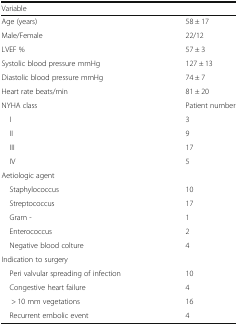
| Variable |  |
 | --- | --- |
 | Age (years) | 58 ± 17 |
 | Male/Female | 22/12 |
 | LVEF % | 57 ± 3 |
 | Systolic blood pressure mmHg | 127 ± 13 |
 | Diastolic blood pressure mmHg | 74 ± 7 |
 | Heart rate beats/min | 81 ± 20 |
 | NYHA class | Patient number |
 | I | 3 |
 | II | 9 |
 | III | 17 |
 | IV | 5 |
 | <COLSPAN=2> Aetiologic agent |
 | Staphylococcus | 10 |
 | Streptococcus | 17 |
 | Gram - | 1 |
 | Enterococcus | 2 |
 | Negative blood colture | 4 |
 | <COLSPAN=2> Indication to surgery |
 | Peri valvular spreading of infection | 10 |
 | Congestive heart failure | 4 |
 | > 10 mm vegetations | 16 |
 | Recurrent embolic event | 4 |